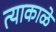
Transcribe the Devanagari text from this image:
त्याकाळे